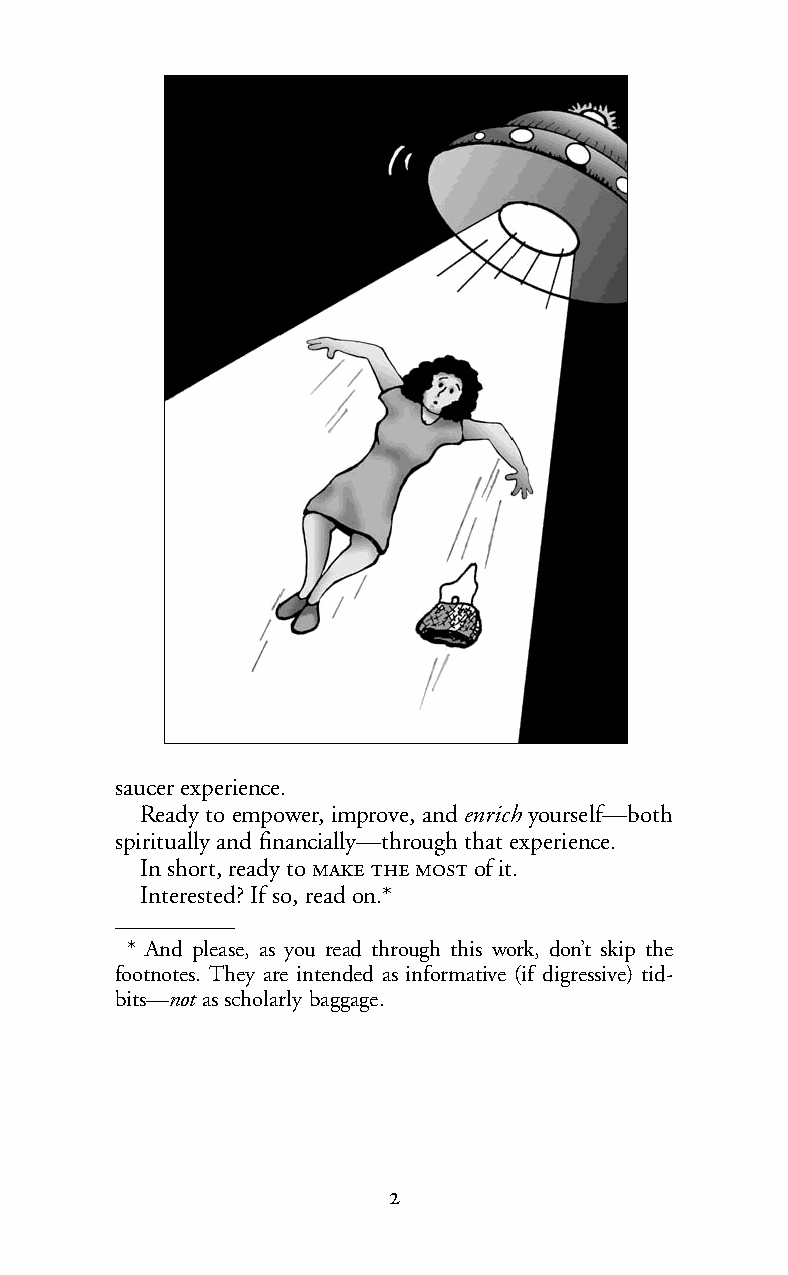
saucer experience.
 Ready to empower, improve, andenrich yourself—both
 spiritually and financially—through that experience.
 In short, ready to   of it.
 Interested? If so, read on.*
 * And please, as you read through this work, don’t skip the
 footnotes. They are intended as informative (if digressive) tid-
 bits—not as scholarly baggage.
 